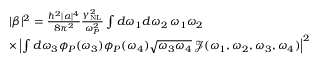
\begin{array} { r l } & { | \beta | ^ { 2 } = \frac { \hbar ^ { 2 } | \alpha | ^ { 4 } } { 8 \pi ^ { 2 } } \frac { \gamma _ { \mathrm { N L } } ^ { 2 } } { \omega _ { P } ^ { 2 } } \int d \omega _ { 1 } d \omega _ { 2 } \, \omega _ { 1 } \omega _ { 2 } } \\ & { \times \left| \int d \omega _ { 3 } \phi _ { P } ( \omega _ { 3 } ) \phi _ { P } ( \omega _ { 4 } ) \sqrt { \omega _ { 3 } \omega _ { 4 } } \, \mathcal { J } ( \omega _ { 1 } , \omega _ { 2 } , \omega _ { 3 } , \omega _ { 4 } ) \right| ^ { 2 } } \end{array}